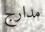
مدارج